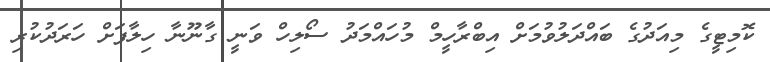
ކޮމިޓީގެ މިއަދުގެ ބައްދަލުވުމަށް އިބްރާހީމް މުހައްމަދު ސޯލިހް ވަނީ ގާނޫނާ ހިލާފަށް ހަރަދުކުރި